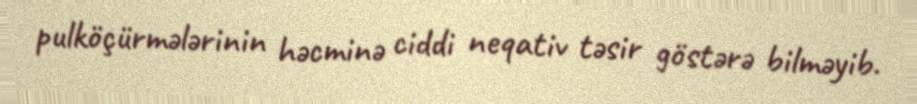
pulköçürmələrinin həcminə ciddi neqativ təsir göstərə bilməyib.